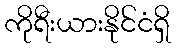
ကိုရီးယားနိုင်ငံရှိ